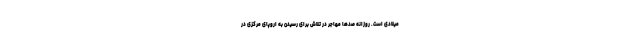
میلادی است. روزانه صدها مهاجر در تلاش برای رسیدن به اروپای مرکزی در